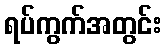
ရပ်ကွက်အတွင်း